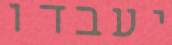
יעבדו